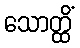
သောတ္ထိံ